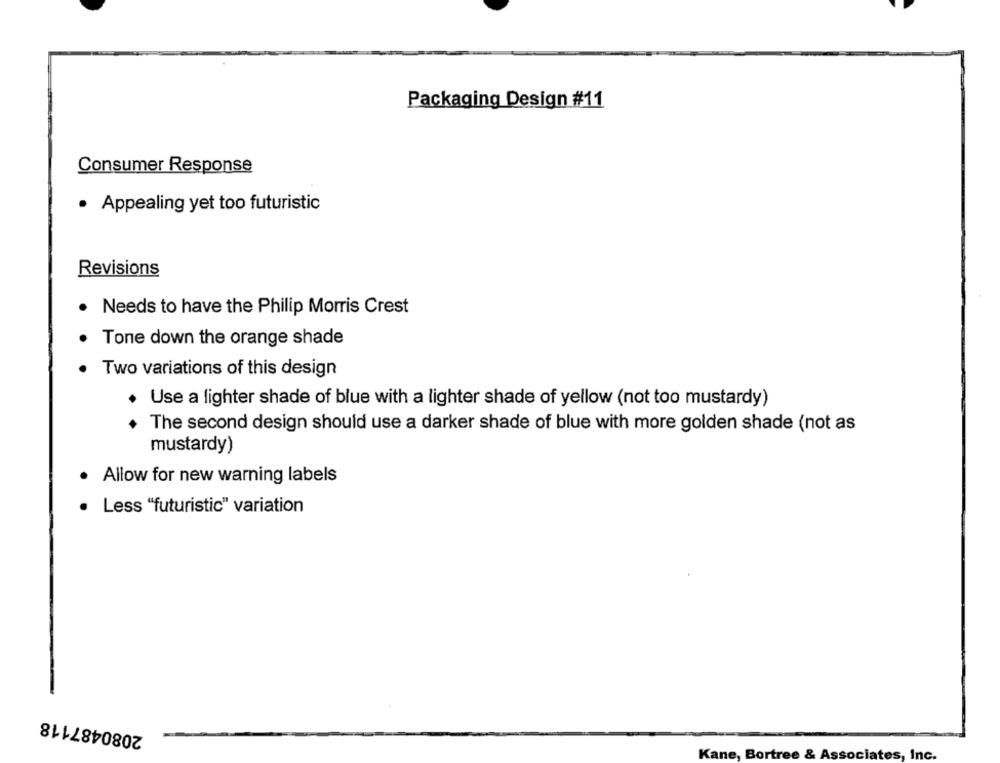
Packaging Design #11
Consumer Response
· Appealing yet too futuristic
Revisions
Needs to have the Philip Morris Crest
Tone down the orange shade
Two variations of this design
· Use a lighter shade of blue with a lighter shade of yellow (not too mustardy)
The second design should use a darker shade of blue with more golden shade (not as
mustardy)
Allow for new warning labels
Less "futuristic" variation
2080487118
Kane, Bortree & Associates, Inc.